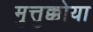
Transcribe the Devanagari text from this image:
मुत्तुक्कोया